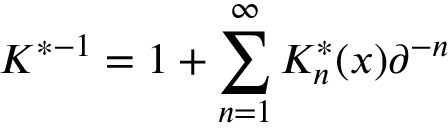
K ^ { * - 1 } = 1 + \sum _ { n = 1 } ^ { \infty } K _ { n } ^ { * } ( x ) \partial ^ { - n }